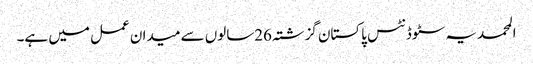
المحمدیہ سٹوڈنٹس پاکستان گزشتہ 26سالوں سے میدان عمل میں ہے۔